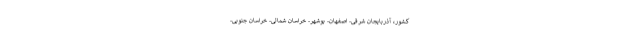
کشور، آذربایجان شرقی- اصفهان- بوشهر- خراسان شمالی- خراسان جنوبی-